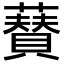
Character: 𮒟